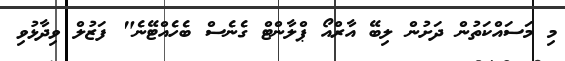
މި މަސައްކަތުން ދަށުން ލިބޭ އާރްއޯ ޕްލާންޓް ގެނެސް ބެހެއްޓޭނެ" ފަޒުލް ވިދާޅުވި